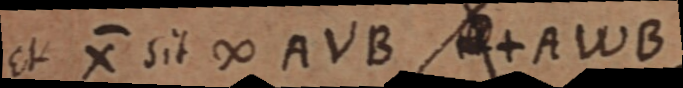
et X sit ∞ AVB _+ AWB